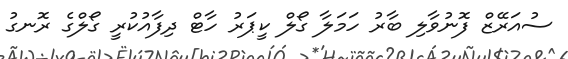
ސުއަރޭޒް ފޮނުވާލި ބާރު ހަމަލާ ގޯލް ކީޕަރު ހާޓް ދިފާއުކުރީ ގޯލްގެ ރޮނގު